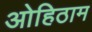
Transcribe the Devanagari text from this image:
ओहिठाम